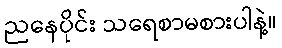
ညနေပိုင်း သရေစာမစားပါနဲ့။